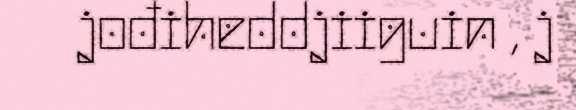
jođiheddjiiguin , j